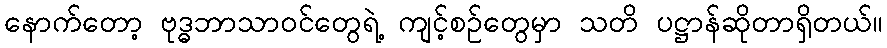
နောက်တော့ ဗုဒ္ဓဘာသာဝင်တွေရဲ့ ကျင့်စဉ်တွေမှာ သတိ ပဋ္ဌာန်ဆိုတာရှိတယ်။